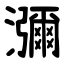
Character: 瀰